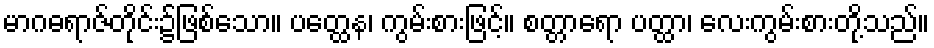
မာဂဓရာဇ်တိုင်း၌ဖြစ်သော။ ပတ္ထေန၊ ကွမ်းစားဖြင့်။ စတ္တာရော ပတ္ထာ၊ လေးကွမ်းစားတို့သည်။